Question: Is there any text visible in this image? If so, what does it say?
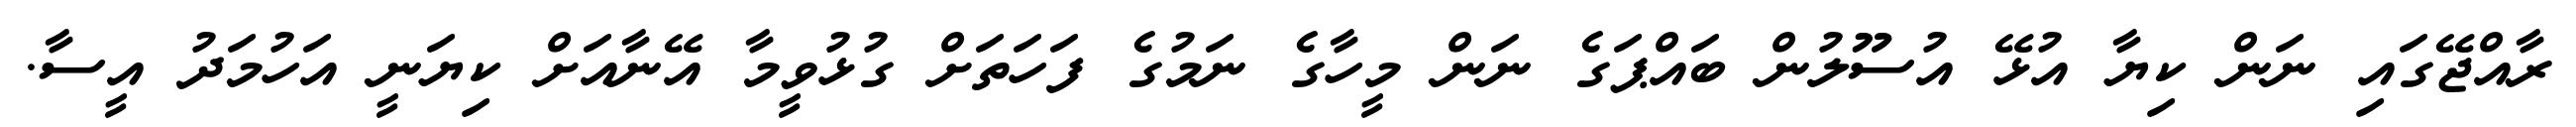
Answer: ރާއްޖޭގައި ނަން ކިޔާ އުޅޭ އުސޫލުން ބައްޕަގެ ނަން މީހާގެ ނަމުގެ ފަހަތަށް ގުޅުވީމާ އޭނާއަށް ކިޔަނީ އަހުމަދު އީސާ.